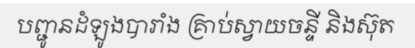
បញ្ជូនដំឡូងបារាំង គ្រាប់ស្វាយចន្ទី និងស៊ុត